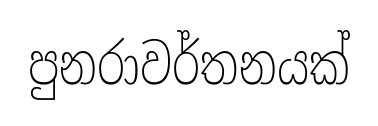
පුනරාවර්තනයක්